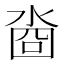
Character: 㴅